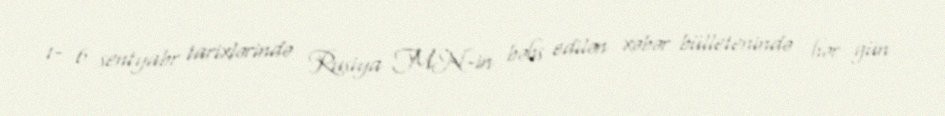
1- 6 sentyabr tarixlərində Rusiya MN-in bəhs edilən xəbər bülletenində hər gün